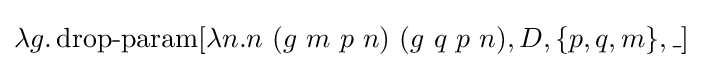
\lambda g.\operatorname {drop-param} [\lambda n.n\ (g\ m\ p\ n)\ (g\ q\ p\ n),D,\{p,q,m\},\_]